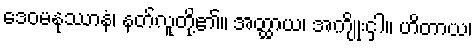
ဒေဝမနုဿာနံ၊ နတ်လူတို့၏။ အတ္ထာယ၊ အကျိုးငှါ။ ဟိတာယ၊